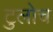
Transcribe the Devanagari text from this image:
टुलोच